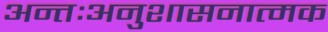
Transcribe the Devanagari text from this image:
अन्तःअनुशासनात्मक